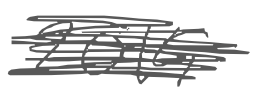
Text: 2015
Cross-out: scratch
Writing tool: digital_gray